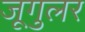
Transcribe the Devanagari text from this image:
जूगुलर